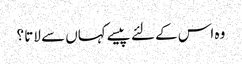
وہ اس کے لئے پیسے کہاں سے لاتا ؟